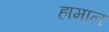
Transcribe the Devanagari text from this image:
हामान